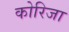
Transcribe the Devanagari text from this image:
कोरिजा